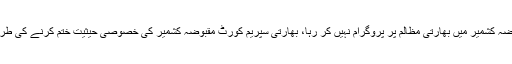
کوئی اینکر مقبوضہ کشمیر میں بھارتی مظالم پر پروگرام نہیں کر رہا، بھارتی سپریم کورٹ مقبوضہ کشمیر کی خصوصی حیثیت ختم کرنے کی طرف بڑھ رہی ہے۔